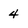
Character: 4